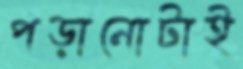
পড়ানোটাই